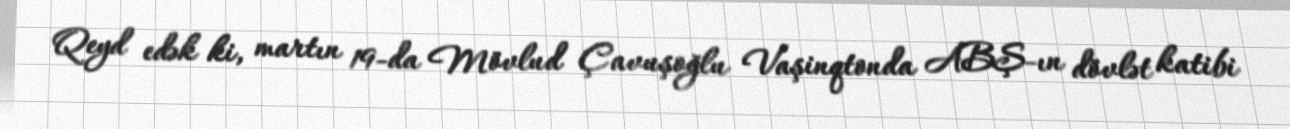
Qeyd edək ki, martın 19-da Mövlud Çavuşoğlu Vaşinqtonda ABŞ-ın dövlət katibi